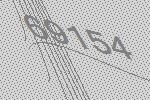
69154